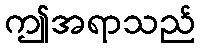
ဤအရာသည်